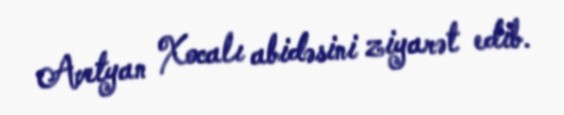
Avetyan Xocalı abidəsini ziyarət edib.